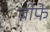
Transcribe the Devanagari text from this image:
बीफे